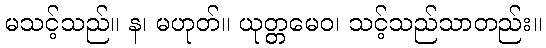
မသင့်သည်။ န၊ မဟုတ်။ ယုတ္တမေဝ၊ သင့်သည်သာတည်း။